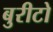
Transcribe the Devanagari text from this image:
बुरीटो